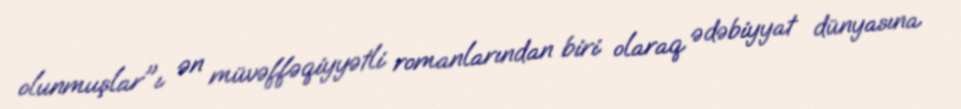
olunmuşlar"ı ən müvəffəqiyyətli romanlarından biri olaraq ədəbiyyat dünyasına